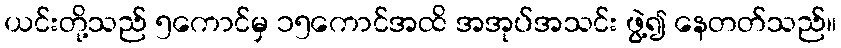
ယင်းတို့သည် ၅ကောင်မှ ၁၅ကောင်အထိ အအုပ်အသင်း ဖွဲ့၍ နေတတ်သည်။